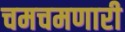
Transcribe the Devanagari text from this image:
चमचमणारी